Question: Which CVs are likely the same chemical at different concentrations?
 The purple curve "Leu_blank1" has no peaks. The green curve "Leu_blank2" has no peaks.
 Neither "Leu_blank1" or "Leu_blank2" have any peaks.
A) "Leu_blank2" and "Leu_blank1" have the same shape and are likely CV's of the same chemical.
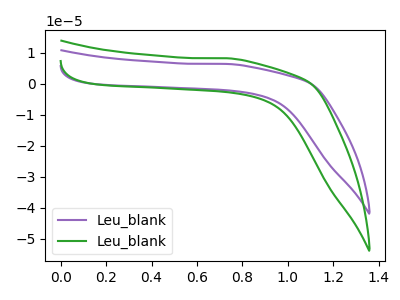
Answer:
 <answer>A) "Leu_blank2" and "Leu_blank1" have the same shape and are likely CV's of the same chemical.</answer>
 <eval>A</eval>